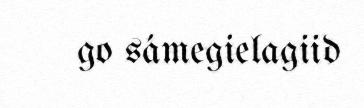
go sámegielagiid